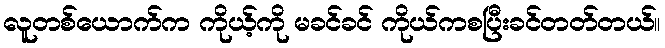
လူတစ်ယောက်က ကိုယ့်ကို မခင်ခင် ကိုယ်ကစပြီးခင်တတ်တယ်။